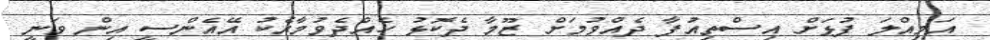
އަމިއްލަ ފުޅަށް އިސްތިއުފާ ދެއްވުމަށް ޒޫމާ ދެކޮޅު ހެއްދެވުމާއެކު އޭއެންސީ އިން ވަނީ